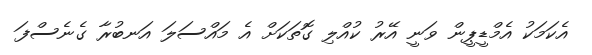
އެކަމަކު އެމްޑީޕީން ވަނީ އޭރު ކުއްލި ގޮތަކަށް އެ މައްސަލަ އަނބުރާ ގެނެސްފަ